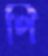
পি